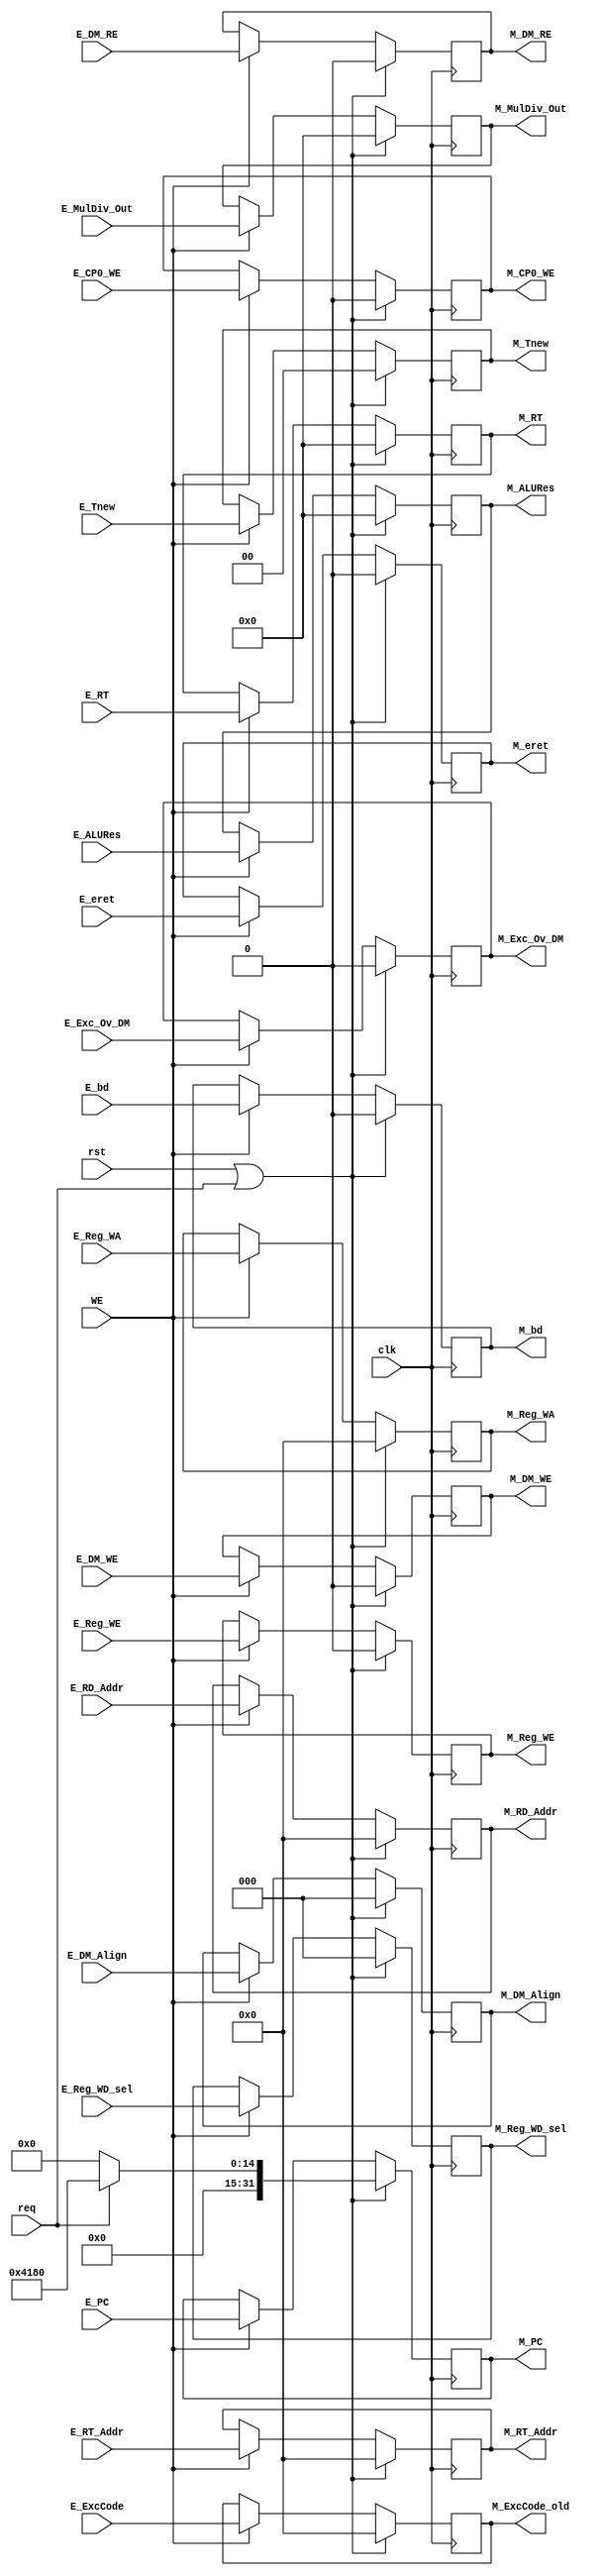
module M_Reg (
    input wire req,
    input wire [4:0] E_ExcCode,
    input wire E_bd,
    input wire E_Exc_Ov_DM,

    output reg [4:0] M_ExcCode_old,
    output reg M_bd,
    output reg M_Exc_Ov_DM,

    input wire E_DM_RE,
    output reg M_DM_RE,

    input wire clk,
    input wire rst,
    input wire WE,

    input wire [31:0] E_PC,
    input wire [1:0] E_Tnew,

    input wire [4:0] E_RT_Addr,
    input wire [4:0] E_RD_Addr,
    input wire [31:0] E_RT,
    input wire E_DM_WE,
    input wire [2:0] E_DM_Align,
    input wire E_CP0_WE,
    input wire E_eret,

    input wire [31:0] E_ALURes,
    input wire [31:0] E_MulDiv_Out,
    input wire E_Reg_WE,
    input wire [4:0] E_Reg_WA,
    input wire [2:0] E_Reg_WD_sel,

    output reg [31:0] M_PC,
    output reg [1:0] M_Tnew,

    output reg [4:0] M_RT_Addr,
    output reg [4:0] M_RD_Addr,
    output reg [31:0] M_RT,
    output reg M_DM_WE,
    output reg [2:0] M_DM_Align,
    output reg M_CP0_WE,
    output reg M_eret,

    output reg [31:0] M_ALURes,
    output reg [31:0] M_MulDiv_Out,
    output reg M_Reg_WE,
    output reg [4:0] M_Reg_WA,
    output reg [2:0] M_Reg_WD_sel
);
    always @(posedge clk) begin
        if (rst || req) begin
            M_ExcCode_old <= 0;
            M_bd <= 0;
            M_Exc_Ov_DM <= 0;

            M_DM_RE <= 0;

            M_PC <= req? 32'h00004180: 0;
            M_Tnew <= 0;
            M_RT_Addr <= 0;
            M_RD_Addr <= 0;
            M_RT <= 0;
            M_DM_WE <= 0;
            M_DM_Align <= 0;
            M_CP0_WE <= 0;
            M_eret <= 0;
            M_ALURes <= 0;
            M_MulDiv_Out <= 0;
            M_Reg_WE <= 0;
            M_Reg_WA <= 0;
            M_Reg_WD_sel <= 0;
        end
        else if (WE) begin
            M_ExcCode_old <= E_ExcCode;
            M_bd <= E_bd;
            M_Exc_Ov_DM <= E_Exc_Ov_DM;

            M_DM_RE <= E_DM_RE;

            M_PC <= E_PC;
            M_Tnew <= E_Tnew;
            M_RT_Addr <= E_RT_Addr;
            M_RD_Addr <= E_RD_Addr;
            M_RT <= E_RT;
            M_DM_WE <= E_DM_WE;
            M_DM_Align <= E_DM_Align;
            M_CP0_WE <= E_CP0_WE;
            M_eret <= E_eret;
            M_ALURes <= E_ALURes;
            M_MulDiv_Out <= E_MulDiv_Out;
            M_Reg_WE <= E_Reg_WE;
            M_Reg_WA <= E_Reg_WA;
            M_Reg_WD_sel <= E_Reg_WD_sel;
        end
    end
endmodule